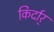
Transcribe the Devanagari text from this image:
किर्दार्